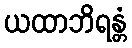
ယထာဘိရန္တံ